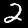
Digit: 2